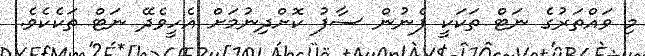
މި ވައްތަރުގެ ނަޓް ތަކަކީ ފެނުން ސާފު ކޮށްދިނުމަށް އެހީވެދޭ ނަޓް ތަކެކެވެ.